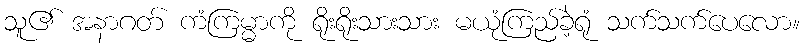
သူ၏ အနာဂတ် ကံကြမ္မာကို ရိုးရိုးသားသား မယုံကြည်ခဲ့ရုံ သက်သက်ပေလော။